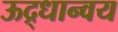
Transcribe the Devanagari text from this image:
ऊद्र्धान्वय